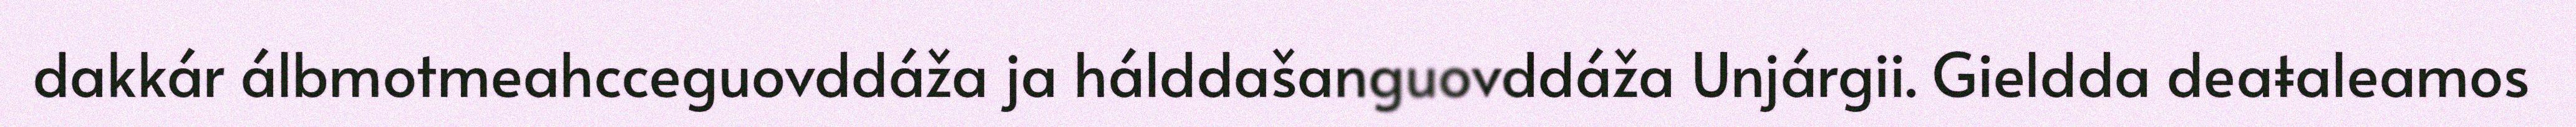
dakkár álbmotmeahcceguovddáža ja hálddašanguovddáža Unjárgii. Gieldda deaŧaleamos